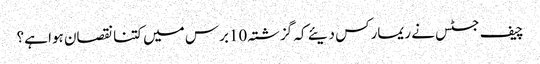
چیف جسٹس نے ریمارکس دیئے کہ گزشتہ 10برس میں کتنا نقصان ہوا ہے؟